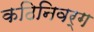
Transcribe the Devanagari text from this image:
कठिनिवर्ग